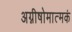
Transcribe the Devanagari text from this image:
अग्नीषोमात्मकं